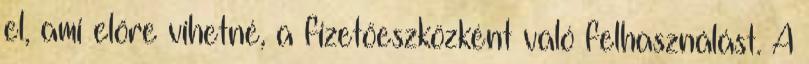
el, ami előre vihetné, a fizetőeszközként való felhasználást. A